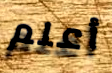
أعلم